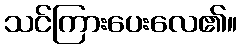
သင်ကြားပေးလေ၏။